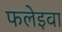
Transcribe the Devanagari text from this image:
फलेइवा